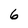
Character: 6